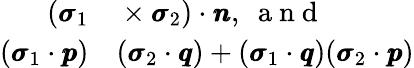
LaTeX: \begin{array}{rl}{(\pmb\sigma_{1}}&{{}\times\pmb\sigma_{2})\cdot{\pmb n},\ \mathrm{~a~n~d~}}\\ {(\pmb\sigma_{1}\cdot{\pmb p})}&{{}(\pmb\sigma_{2}\cdot{\pmb q})+(\pmb\sigma_{1}\cdot{\pmb q})(\pmb\sigma_{2}\cdot{\pmb p})}\end{array}